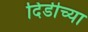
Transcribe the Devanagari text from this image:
दिडीच्या